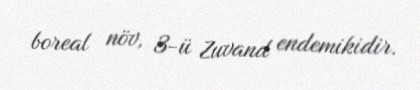
boreal növ, 3-ü Zuvand endemikidir.